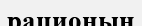
рационын